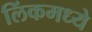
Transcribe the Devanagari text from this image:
लिंकमध्ये